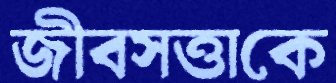
জীবসত্তাকে